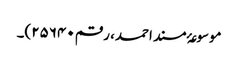
موسوعۂ مسند احمد، رقم ۲۵۶۴۰)۔